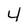
Character: y